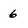
Character: 6